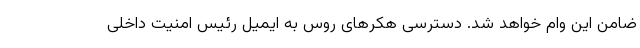
ضامن این وام خواهد شد. دسترسی هکرهای روس به ایمیل رئیس امنیت داخلی